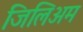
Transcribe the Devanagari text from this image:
जिलिअम